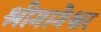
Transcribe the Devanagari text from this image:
श्रीगांगेश्वर